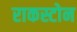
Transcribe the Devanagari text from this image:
राकस्टोन